Janeda_(Ambla)_vallavalitsus, lk 13
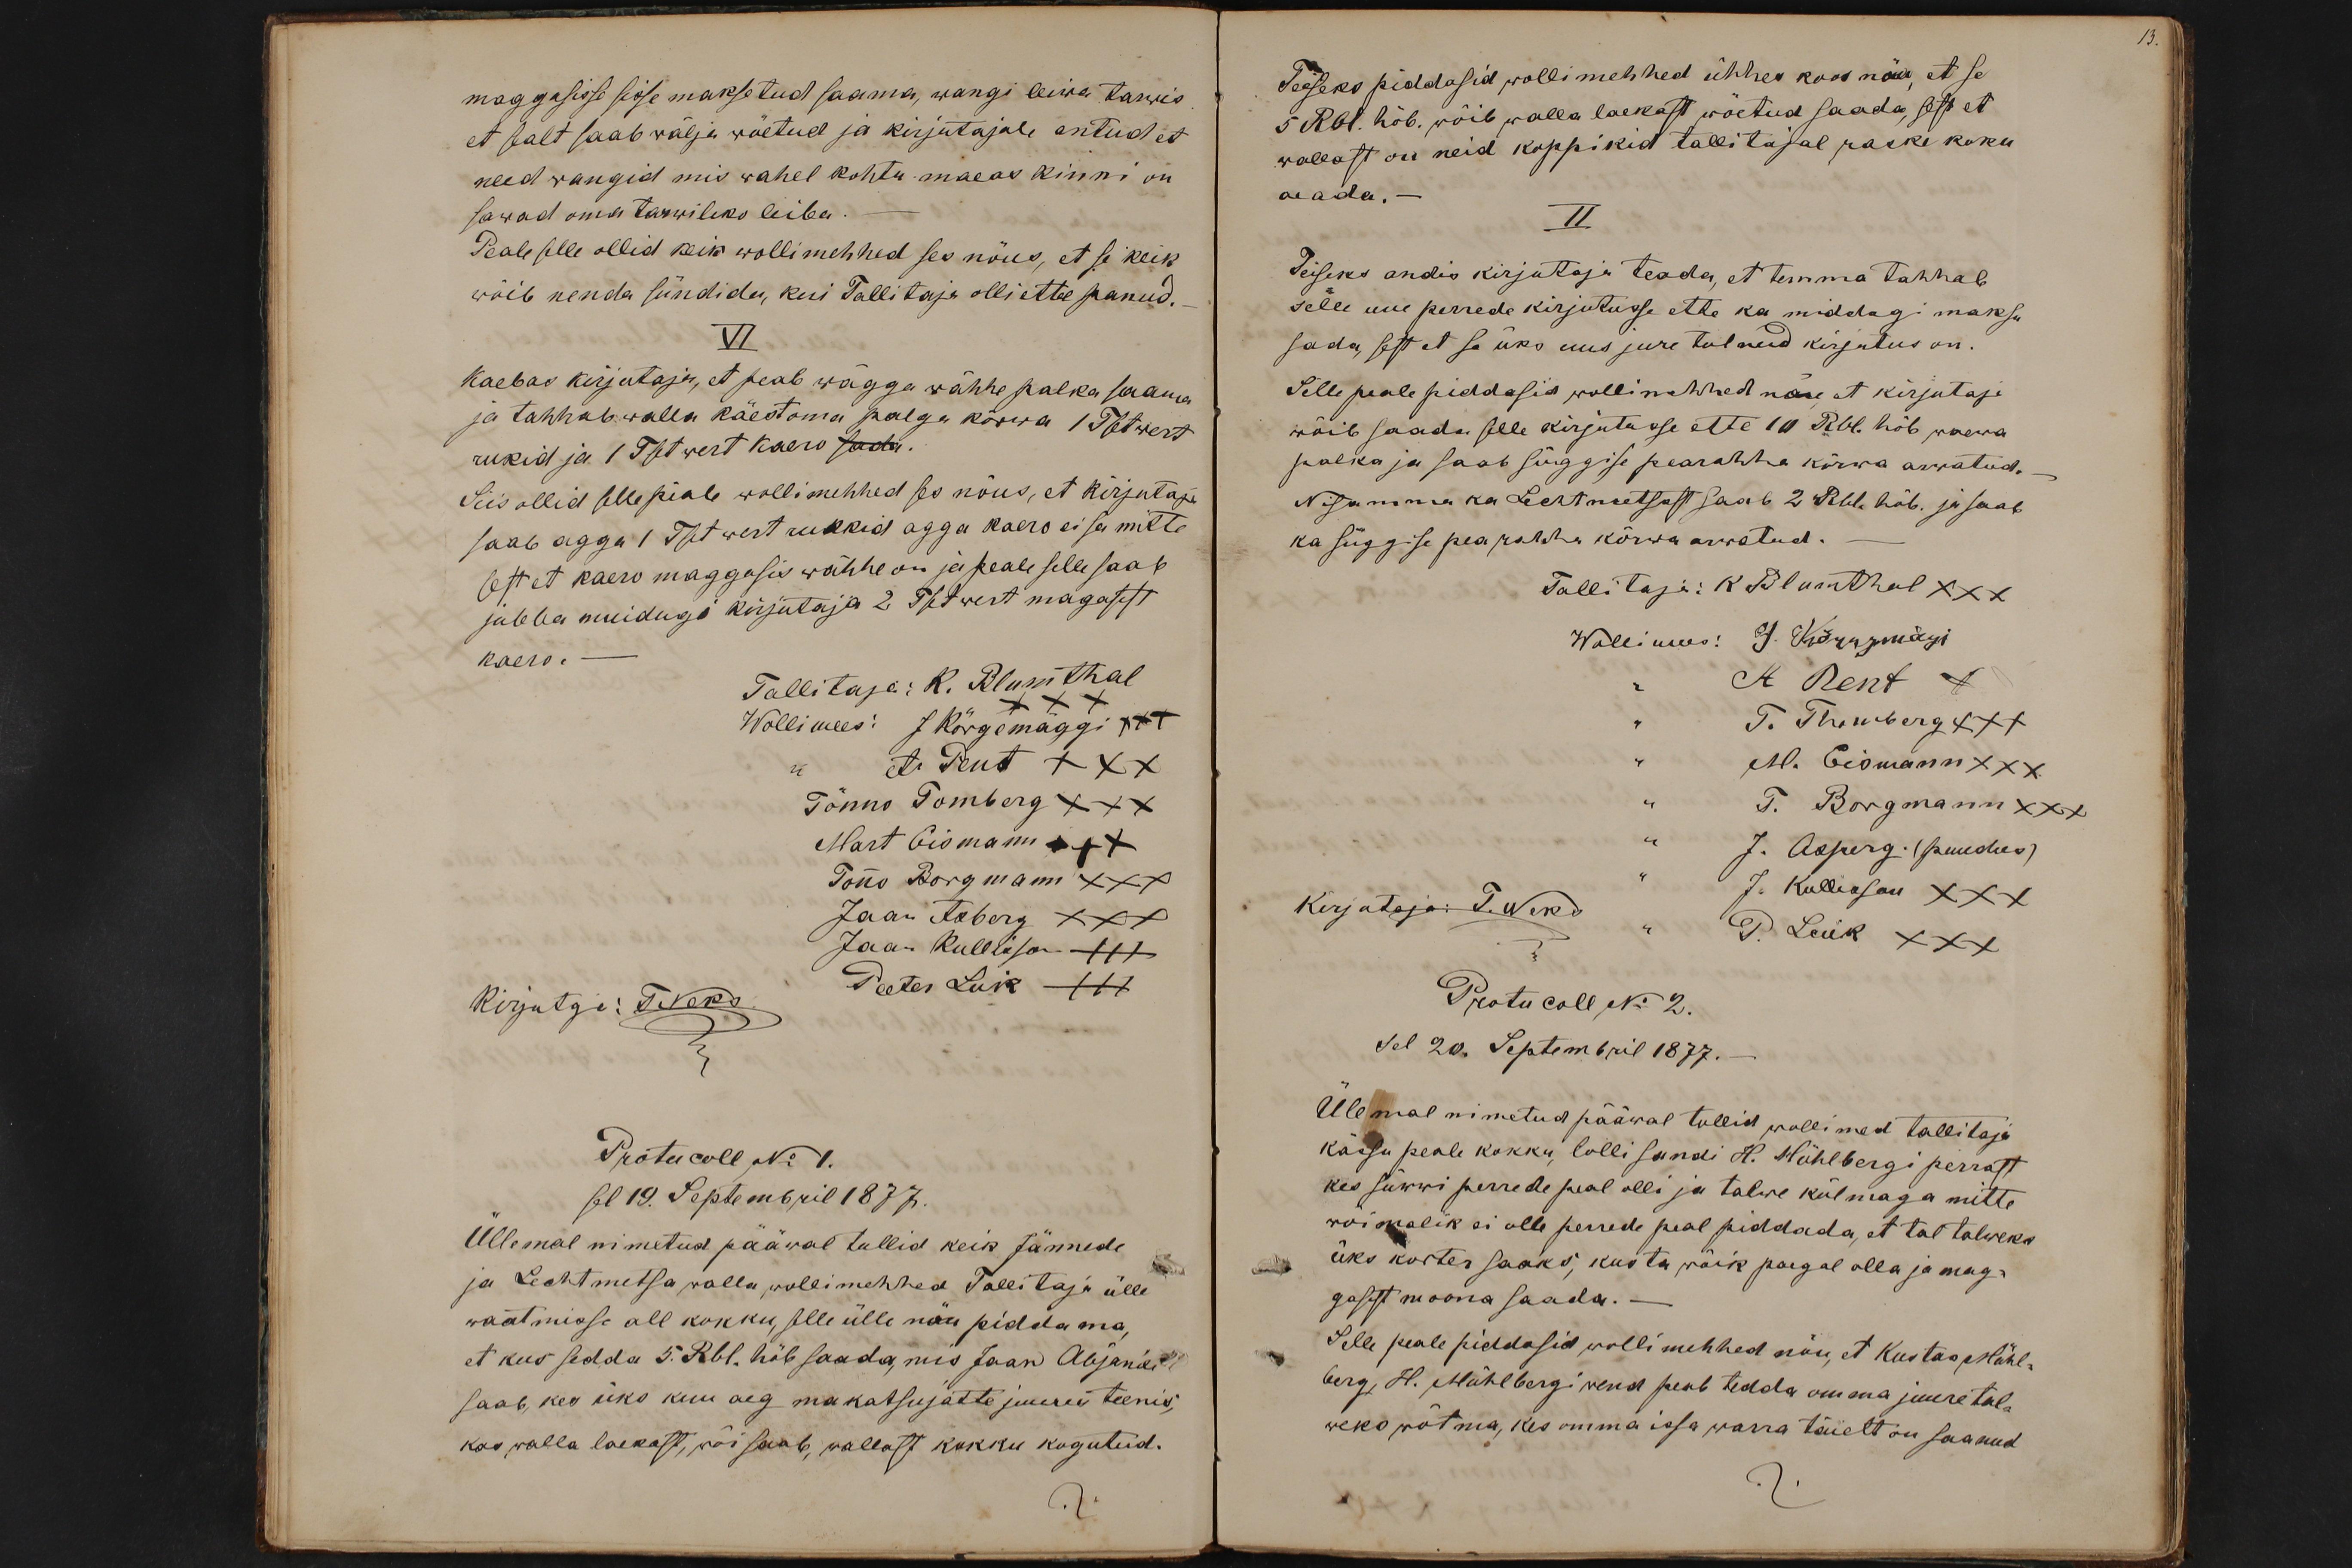
13.

maggasisse sisse maksetud saama, wangi leiwa tarwis
et sealt saab wälja wõetud ja kirjutajale antud et
need wangid mis wahel kohtu maeas kinni on
sawad oma tarwileks leiba.
Peale selle ollid keik wollimehhed ses nõus, et si keik
wõib nenda sündida, kui Tallitaja olli ettee panud.
VI
Kaebas kirjutaja, et peab wägga wähhe palka saama
ja tahhab walla käest oma palga kõrwa 1 Tsetwert
rukid ja 1 Tsetwert Kaero sada.
Siis ollid selle piale wollimehhed ses nõus, et kirjutaja
saab agga 1 Tsetwert rukkid agga kaero ei sa mitte
sest et kaero maggasis wähhe on ja peale selle saab
jubba muidugi kirjutaja 2 Tsetwert magasist
kaero.
Tallitaja: K. Blumthal
XXX
Wollimees: J Kõrgemäggi XXX
A. Pent XXX
Tõnno Tomberg XXX
Mart Eismann ++X
Tonno Borgmann XXX
Jaan Asberg XXX
Jaan Kullisson +++
Kirjutaja: T Neks.
Peeter Luik +++
Protucoll No 1.
sel 19. Septembril 1877.
Üllemal nimetud pääwal tullid keik Jännede
ja Lechtmetsa walla wollimehhed Tallitaja ülle
waatmisse all kokku, selle ülle nõu piddama,
et kus sedda 5. Rbl. hõb saada, mis Jaan Abjanile
saab, kes üks kuu aeg makatsujatte juures teenis,
kas walla laekast, wõi saab, wallast kokku kogutud.

Teiseks piddasid wolli mehhed ühhes koos nõu, et se
5 Rbl. hõb. wõib walla laekast wõetud saada, sest et
wallast on neid koppikid tallitajal raske koku
aada.-
II
Teiseks andis kirjutaja teada, et temma tahhab
selle uue perrede kirjutusse ette ka middagi maksu
sada, sest et se üks uus jure tulnud kirjutus on
Selle peale piddasid wollimehhed nõu et kirjutaja
wõib saada selle kirjutusse ette 10 Rbl. hõb waewa
palka ja saab süggise pearahha kõrwa arwatud.
Nisamma ka Lechtmetsast saab 2 Rbl. hõb. ja saab
ka süggise pearahha kõrwa arwatud.
Tallitaja: K Blumthal XXX
Wollimees: J. Kõrrgmägi
A. Pent X
T. Thomberg XXX
M. Eismann XXX
T. Borgmann XXX
J. Asperg. (puudus)
Kirjutaja T. Neks
J. Kullisson XXX
P. Luik XXX
Protucoll No 2.
Sel 20. Septembril 1877.
Ülemal nimetud pääwal tullid wollimed tallitaja
kässu peale kokku, lolli sandi H. Mühlbergi perrast
kes suwwi perrede peal olli ja talwe külmaga mitte
wõimalik ei olle perrede peal piddada, et tal talweks
üks korter saaks, kus ta wõik paegal olla ja mag-
gasist moona saada. -
Selle peale piddasid wollimehhed nõu, et Kustas Mühl-
berg, H. Mühlbergi vend peab tedda omma juure tal-
weks wõtma, kes omma issa warra täielt on saanud